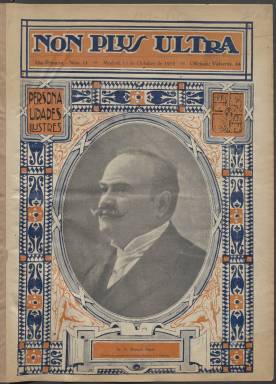
Título: Non plus ultra
Ámbito geográfico: Madrid
Lugar de publicación: Madrid
Fechas: 15/10/1919-30/10/1921